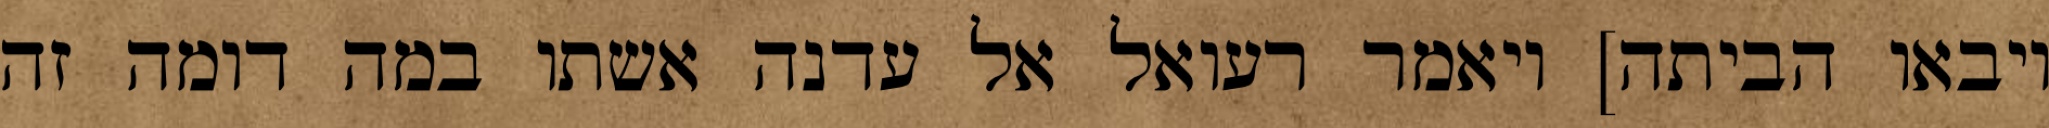
ויבאו הביתה] ויאמר רעואל אל עדנה אשתו במה דומה זה